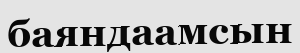
баяндаамсын